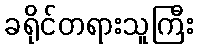
ခရိုင်တရားသူကြီး